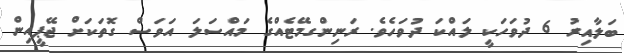
ބަލާއިރު 6 ދުވަހަކީ ލައްކަ ދުވަހެވެ. ރަނިންގމޭޓެއްގެ މައްސަލަ އަވަސް ގޮތަކަށް ޖޭޕީއިން